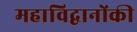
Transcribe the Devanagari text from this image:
महाविद्वानोंकी